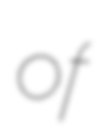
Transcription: of